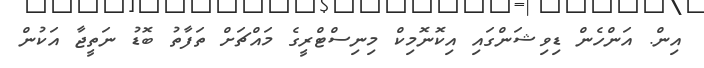
އިން. އަންހެން ޑިވިޝަންގައި އިކޮނޮމިކް މިނިސްޓްރީގެ މައްޗަށް ތަފާތު ބޮޑު ނަތީޖާ އަކުން